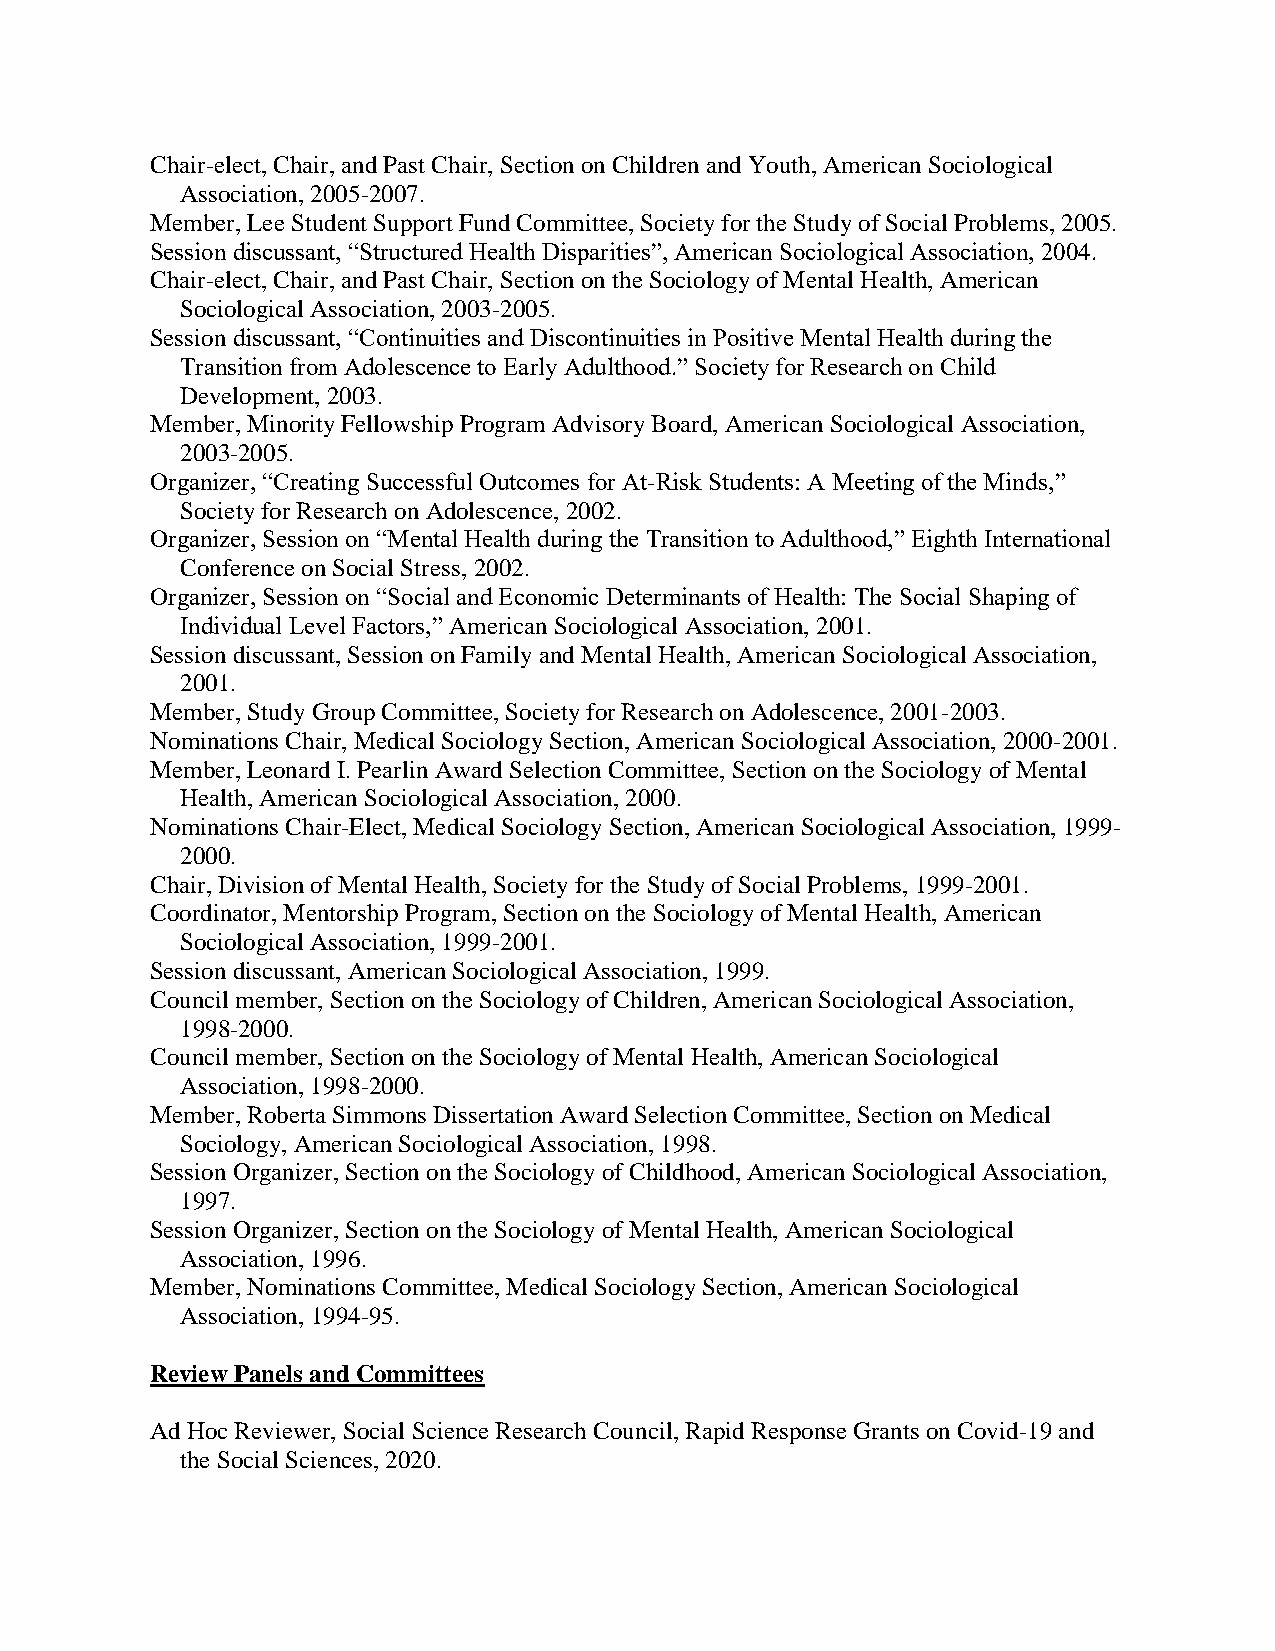
Chair-elect, Chair, and Past Chair, Section on Children and Youth, American Sociological
 Association, 2005-2007.
 Member, Lee Student Support Fund Committee, Society for the Study of Social Problems, 2005.
 Session discussant, “Structured Health Disparities”, American Sociological Association, 2004.
 Chair-elect, Chair, and Past Chair, Section on the Sociology of Mental Health, American
 Sociological Association, 2003-2005.
 Session discussant, “Continuities and Discontinuities in Positive Mental Health during the
 Transition from Adolescence to Early Adulthood.” Society for Research on Child
 Development, 2003.
 Member, Minority Fellowship Program Advisory Board, American Sociological Association,
 2003-2005.
 Organizer, “Creating Successful Outcomes for At-Risk Students: A Meeting of the Minds,”
 Society for Research on Adolescence, 2002.
 Organizer, Session on “Mental Health during the Transition to Adulthood,” Eighth International
 Conference on Social Stress, 2002.
 Organizer, Session on “Social and Economic Determinants of Health: The Social Shaping of
 Individual Level Factors,” American Sociological Association, 2001.
 Session discussant, Session on Family and Mental Health, American Sociological Association,
 2001.
 Member, Study Group Committee, Society for Research on Adolescence, 2001-2003.
 Nominations Chair, Medical Sociology Section, American Sociological Association, 2000-2001.
 Member, Leonard I. Pearlin Award Selection Committee, Section on the Sociology of Mental
 Health, American Sociological Association, 2000.
 Nominations Chair-Elect, Medical Sociology Section, American Sociological Association, 1999-
 2000.
 Chair, Division of Mental Health, Society for the Study of Social Problems, 1999-2001.
 Coordinator, Mentorship Program, Section on the Sociology of Mental Health, American
 Sociological Association, 1999-2001.
 Session discussant, American Sociological Association, 1999.
 Council member, Section on the Sociology of Children, American Sociological Association,
 1998-2000.
 Council member, Section on the Sociology of Mental Health, American Sociological
 Association, 1998-2000.
 Member, Roberta Simmons Dissertation Award Selection Committee, Section on Medical
 Sociology, American Sociological Association, 1998.
 Session Organizer, Section on the Sociology of Childhood, American Sociological Association,
 1997.
 Session Organizer, Section on the Sociology of Mental Health, American Sociological
 Association, 1996.
 Member, Nominations Committee, Medical Sociology Section, American Sociological
 Association, 1994-95.
 Review Panels and Committees
 Ad Hoc Reviewer, Social Science Research Council, Rapid Response Grants on Covid-19 and
 the Social Sciences, 2020.